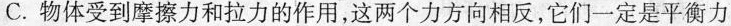
C.物体受到摩擦力和拉力的作用，这两个力方向相反，它们一定是平衡力